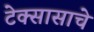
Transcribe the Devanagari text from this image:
टेक्सासाचे